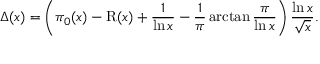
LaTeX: \Delta ( x ) = \left( \pi _ { 0 } ( x ) - \operatorname { R } ( x ) + { \frac { 1 } { \ln x } } - { \frac { 1 } { \pi } } \arctan { \frac { \pi } { \ln x } } \right) { \frac { \ln x } { \sqrt { x } } } .